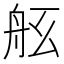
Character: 𦨠